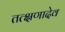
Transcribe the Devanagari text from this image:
तत्क्षणादेव